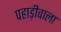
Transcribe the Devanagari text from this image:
पहाड़ीवाला